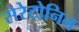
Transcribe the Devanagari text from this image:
सेरेटोनिन